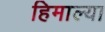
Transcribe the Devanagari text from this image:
हिमाल्या